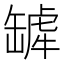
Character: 𬙓